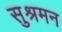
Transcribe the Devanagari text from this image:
सुश्रमन